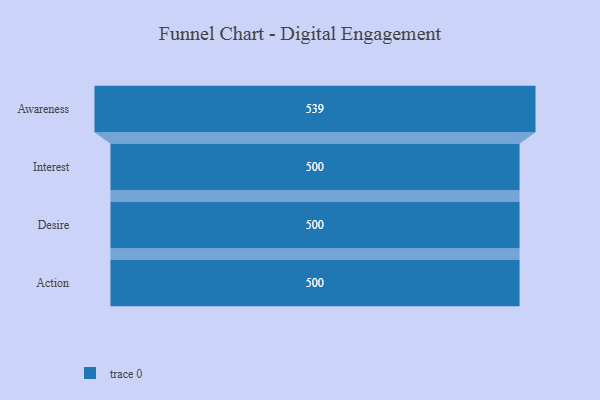
{"axis": {"x": "Stage", "y": "Value"}, "legend": [""], "data": [{"x": "Awareness", "y": 539.0, "type": ""}, {"x": "Interest", "y": 500, "type": ""}, {"x": "Desire", "y": 500, "type": ""}, {"x": "Action", "y": 500, "type": ""}]}